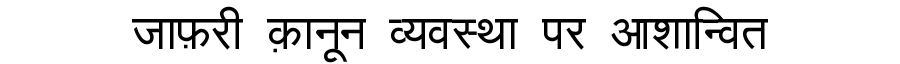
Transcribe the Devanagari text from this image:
जाफ़री क़ानून व्यवस्था पर आशान्वित